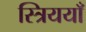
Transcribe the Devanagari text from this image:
स्त्रिययाँ